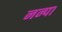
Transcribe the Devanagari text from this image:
नन्पा